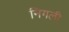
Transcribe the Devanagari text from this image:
निगली